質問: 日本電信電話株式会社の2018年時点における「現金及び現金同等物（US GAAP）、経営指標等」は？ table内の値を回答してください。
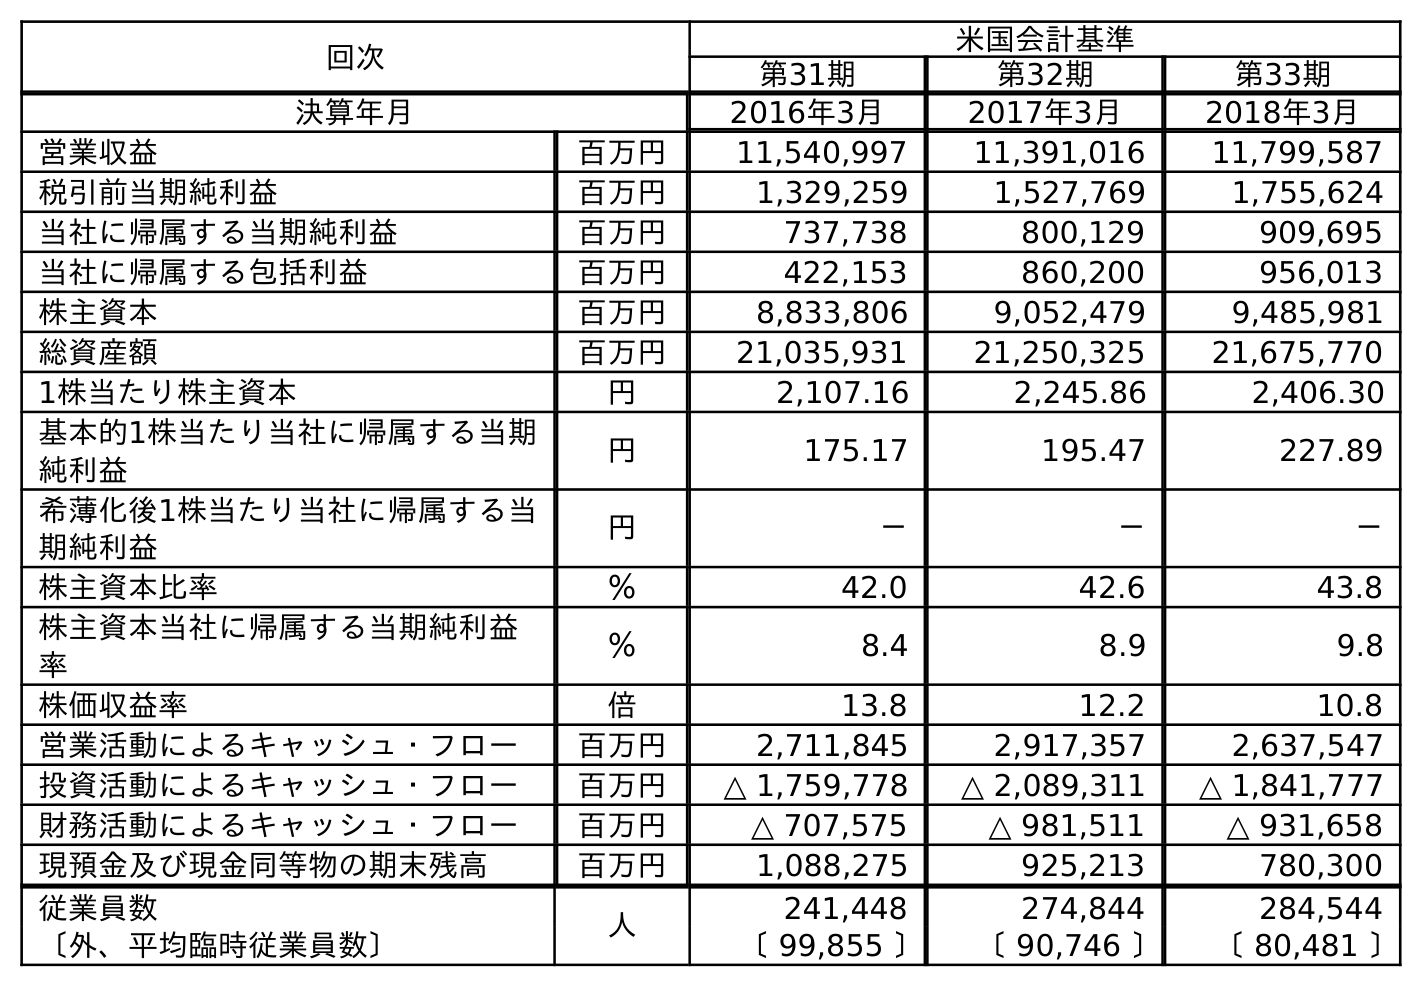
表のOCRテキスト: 回次 米国会計基準 第31期 第32期 第33期 決算年月 2016年3月 2017年3月 2018年3月 営業収益 百万円 11,540,997 11,391,016 11,799,587 税引前当期純利益 百万円 1,329,259 1,527,769 1,755,624 当社に帰属する当期純利益 百万円 737,738 800,129 909,695 当社に帰属する包括利益 百万円 422,153 860,200 956,013 株主資本 百万円 8,833,806 9,052,479 9,485,981 総資産額 百万円 21,035,931 21,250,325 21,675,770 1株当たり株主資本 円 2,107.16 2,245.86 2,406.30 基本的1株当たり当社に帰属する当期 純利益 円 175.17 195.47 227.89 希薄化後1株当たり当社に帰属する当 期純利益 円 － － － 株主資本比率 ％ 42.0 42.6 43.8 株主資本当社に帰属する当期純利益 率 ％ 8.4 8.9 9.8 株価収益率 倍 13.8 12.2 10.8 営業活動によるキャッシュ・フロー 百万円 2,711,845 2,917,357 2,637,547 投資活動によるキャッシュ・フロー 百万円 △ 1,759,778 △ 2,089,311 △ 1,841,777 財務活動によるキャッシュ・フロー 百万円 △ 707,575 △ 981,511 △ 931,658 現預金及び現金同等物の期末残高 百万円 1,088,275 925,213 780,300 従業員数 人 241,448 274,844 284,544 〔外、平均臨時従業員数〕 〔 99,855 〕 〔 90,746 〕 〔 80,481 〕
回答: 780,300